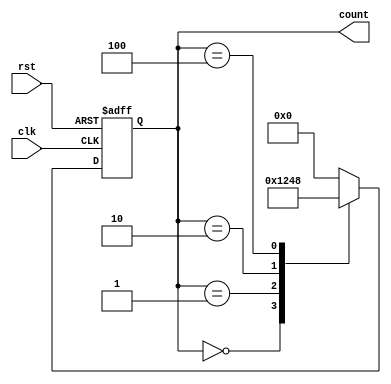
module RingCounter (
    input wire clk,
    input wire rst,
    output reg [3:0] count
);

reg [3:0] next_count;

always @(posedge clk or posedge rst) begin
    if (rst) begin
        count <= 4'b0000;
    end else begin
        count <= next_count;
    end
end

always @(count) begin
    case (count)
        4'b0000: next_count <= 4'b0001;
        4'b0001: next_count <= 4'b0010;
        4'b0010: next_count <= 4'b0100;
        4'b0100: next_count <= 4'b1000;
        4'b1000: next_count <= 4'b0000;
        default: next_count <= 4'b0000;
    endcase
end

endmodule